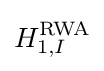
H_{1,I}^{\text{RWA}}